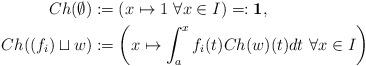
LaTeX: \begin{align*} Ch(\emptyset) & := \left(x\mapsto1~\forall x\in I\right)=:{\bf 1}, \\ Ch((f_i)\sqcup w) & := \left(x\mapsto\int_a^x f_i(t)Ch(w)(t)dt~\forall x\in I\right) \end{align*}